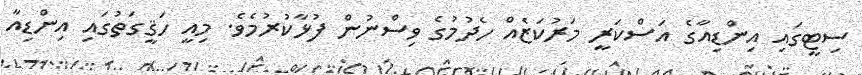
ސިޓީގައި އިންޑިއާގެ އަސްކަރީ މަރުކަޒެއް ހެދުމުގެ ވިސްނުން ފުޅާކުރުމެވެ. މިއީ ހަޤީގަތުގައި އިންޑިއާ